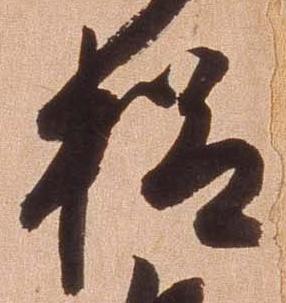
様